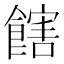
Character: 𩝛